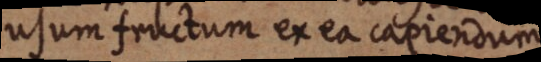
usum fructum ex ea capiendum.